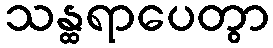
သန္ထရာပေတွာ